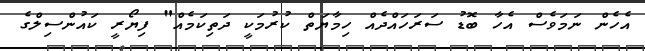
އެހެން ނަމަވެސް އެހާ ބޮޑު ސަރަހައްދެއް ހިމާޔަތް ކުރުމަކީ ދަތިކަމެއް" ފިޔޯރީ ކައުންސިލްގެ